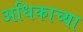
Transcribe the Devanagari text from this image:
अधिकाच्या